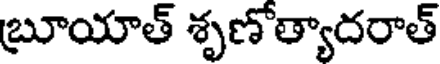
బ్రూయాత్ శృణోత్యాదరాత్